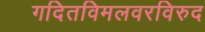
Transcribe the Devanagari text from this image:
गदितविमलवरविरुद